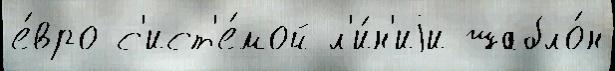
е́вро с'ист'е́мой л'и́н'иjи шабло́н